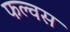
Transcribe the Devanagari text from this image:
फल्वस